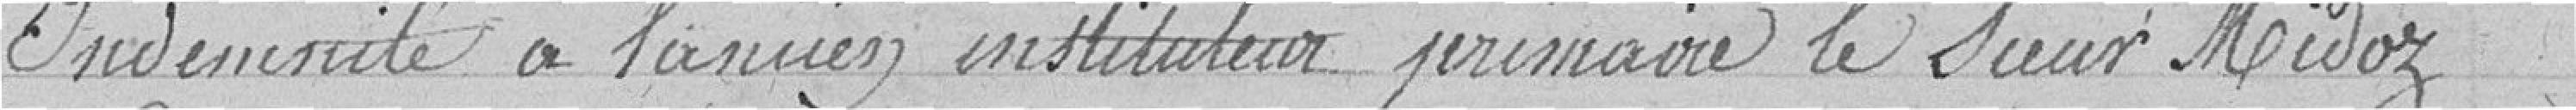
Indemnité à l'ancien instituteur primaire le Sieur Midoz